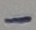
Text: -